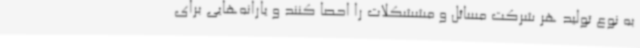
به نوع تولید هر شرکت مسائل و مششکلات را احصا کنند و یارانه‌هایی برای